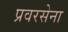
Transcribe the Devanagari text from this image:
प्रवरसेना